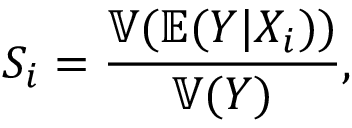
S _ { i } = \frac { \mathbb { V } ( \mathbb { E } ( Y | X _ { i } ) ) } { \mathbb { V } ( Y ) } ,